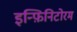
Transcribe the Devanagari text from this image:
इन्फ़िनिटोरम